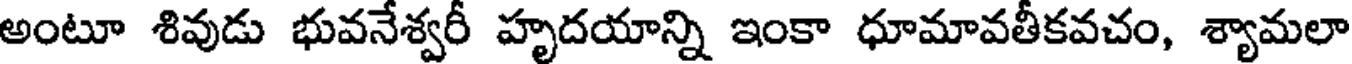
అంటూ శివుడు భువనేశ్వరీ హృదయాన్ని ఇంకా ధూమావతీకవచం, శ్యామలా